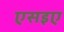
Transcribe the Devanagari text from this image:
एसइए